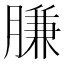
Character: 膁